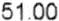
51.00